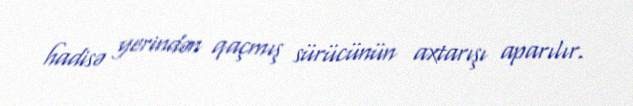
hadisə yerindən qaçmış sürücünün axtarışı aparılır.